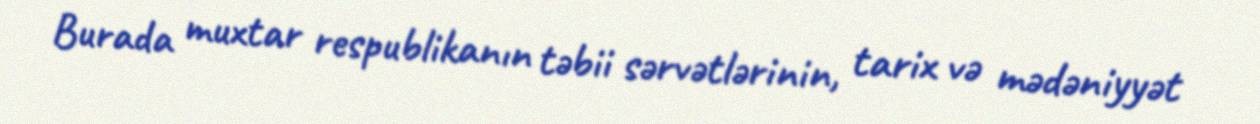
Burada muxtar respublikanın təbii sərvətlərinin, tarix və mədəniyyət